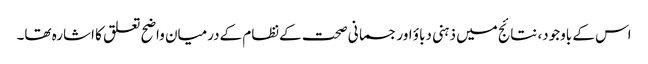
اس کے باوجود، نتائج میں ذہنی دباؤ اور جسمانی صحت کےنظام کےدرمیان واضح تعلق کا اشارہ تھا۔